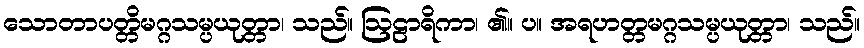
သောတာပတ္တိမဂ္ဂသမ္ပယုတ္တာ၊ သည်။ ဩဠာရိကာ၊ ၏။ ပ။ အရဟတ္တမဂ္ဂသမ္ပယုတ္တာ၊ သည်။